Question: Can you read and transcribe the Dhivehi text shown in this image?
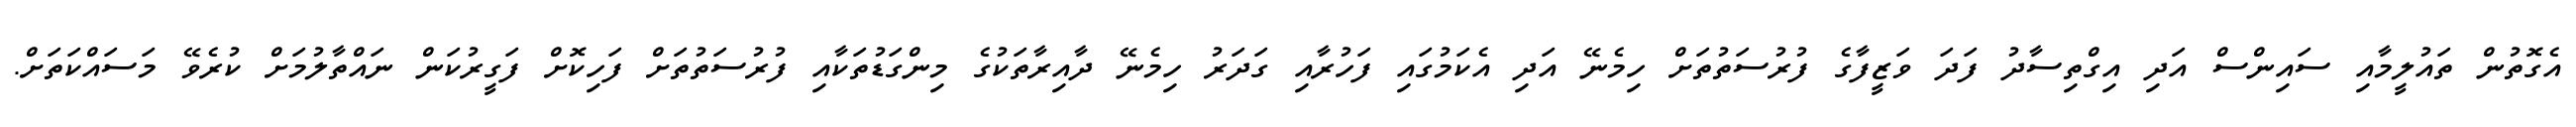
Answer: އެގޮތުން ތައުލީމާއި ސައިންސް އަދި އިގްތިސާދު ފަދަ ވަޒީފާގެ ފުރުސަތުތަށް ހިމެނޭ އަދި އެކަމުގައި ފަހުރާއި ގަދަރު ހިމެނޭ ދާއިރާތަކުގެ މިންގަޑުތަކާއި ފުރުސަތުތަށް ފަހިކޮށް ފަގީރުކަން ނައްތާލުމަށް ކުރެވޭ މަސައްކަތަށް.